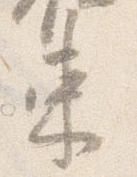
束